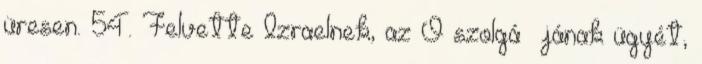
üresen. 54. Felvette Izraelnek, az Ő szolgá− jának ügyét,